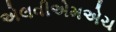
એલવીએમએચ